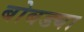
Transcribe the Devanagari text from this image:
बोबड्या